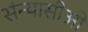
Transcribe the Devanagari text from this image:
संन्यासीओ